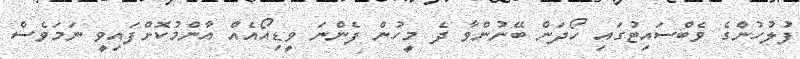
ފުލުހުންގެ ވެބްސައިޓުގައި ހޯދަން ބޭނުންވާ ދެ މީހުުން ފެންނަ ވީޑިއޯއެއް އާންމުކޮށްފައިވީ ނަމަވެސް